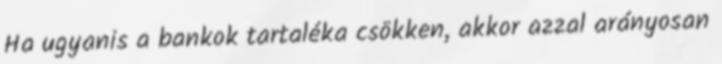
Ha ugyanis a bankok tartaléka csökken, akkor azzal arányosan